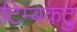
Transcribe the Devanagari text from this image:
टिम्बकटु